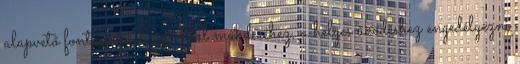
alapvető fontosságúak az oldal műkdéséhez, a helyes űködéshez engedélyezni